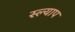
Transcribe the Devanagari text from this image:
स्ल्याप